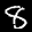
Label: 8